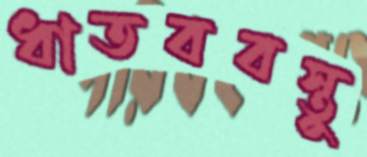
ধাতববস্তু